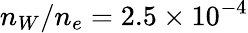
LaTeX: n_{W}/n_{e}=2.5\times 10^{-4}